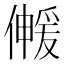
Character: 𫣰